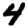
Digit: 4